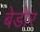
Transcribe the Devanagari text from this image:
बेडोर